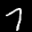
Label: 7